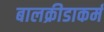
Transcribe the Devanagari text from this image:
बालक्रीडाकर्म